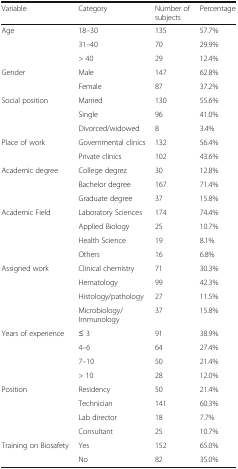
<table><thead><tr><td><b>Variable</b></td><td><b>Category</b></td><td><b>Number of subjects</b></td><td><b>Percentage</b></td></tr></thead><tbody><tr><td rowspan="3">Age</td><td>18–30</td><td>135</td><td>57.7%</td></tr><tr><td>31–40</td><td>70</td><td>29.9%</td></tr><tr><td>&gt; 40</td><td>29</td><td>12.4%</td></tr><tr><td rowspan="2">Gender</td><td>Male</td><td>147</td><td>62.8%</td></tr><tr><td>Female</td><td>87</td><td>37.2%</td></tr><tr><td rowspan="3">Social position</td><td>Married</td><td>130</td><td>55.6%</td></tr><tr><td>Single</td><td>96</td><td>41.0%</td></tr><tr><td>Divorced/widowed</td><td>8</td><td>3.4%</td></tr><tr><td rowspan="2">Place of work</td><td>Governmental clinics</td><td>132</td><td>56.4%</td></tr><tr><td>Private clinics</td><td>102</td><td>43.6%</td></tr><tr><td rowspan="3">Academic degree</td><td>College degrez</td><td>30</td><td>12.8%</td></tr><tr><td>Bachelor degree</td><td>167</td><td>71.4%</td></tr><tr><td>Graduate degree</td><td>37</td><td>15.8%</td></tr><tr><td rowspan="4">Academic Field</td><td>Laboratory Sciences</td><td>174</td><td>74.4%</td></tr><tr><td>Applied Biology</td><td>25</td><td>10.7%</td></tr><tr><td>Health Science</td><td>19</td><td>8.1%</td></tr><tr><td>Others</td><td>16</td><td>6.8%</td></tr><tr><td rowspan="4">Assigned work</td><td>Clinical chemistry</td><td>71</td><td>30.3%</td></tr><tr><td>Hematology</td><td>99</td><td>42.3%</td></tr><tr><td>Histology/pathology</td><td>27</td><td>11.5%</td></tr><tr><td>Microbiology/ Immunology</td><td>37</td><td>15.8%</td></tr><tr><td rowspan="4">Years of experience</td><td>≤ 3</td><td>91</td><td>38.9%</td></tr><tr><td>4–6</td><td>64</td><td>27.4%</td></tr><tr><td>7–10</td><td>50</td><td>21.4%</td></tr><tr><td>&gt; 10</td><td>28</td><td>12.0%</td></tr><tr><td rowspan="4">Position</td><td>Residency</td><td>50</td><td>21.4%</td></tr><tr><td>Technician</td><td>141</td><td>60.3%</td></tr><tr><td>Lab director</td><td>18</td><td>7.7%</td></tr><tr><td>Consultant</td><td>25</td><td>10.7%</td></tr><tr><td rowspan="2">Training on Biosafety</td><td>Yes</td><td>152</td><td>65.0%</td></tr><tr><td>No</td><td>82</td><td>35.0%</td></tr></tbody></table>